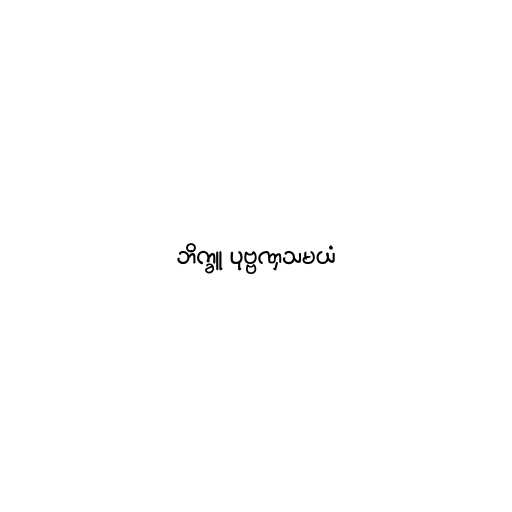
ဘိက္ခူ ပုဗ္ဗဏှသမယံ